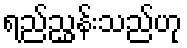
ရည်ညွှန်းသည်ဟု